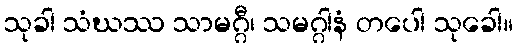
သုခါ သံဃဿ သာမဂ္ဂီ၊ သမဂ္ဂါနံ တပေါ သုခေါ။